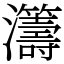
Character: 𤅕